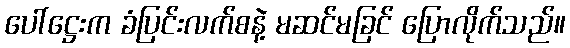
ပေါ်ဋ္ဌေးက ခံပြင်းလက်စနဲ့ မဆင်မခြင် ပြောလိုက်သည်။